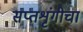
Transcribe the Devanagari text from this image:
सप्तशृंगीचा